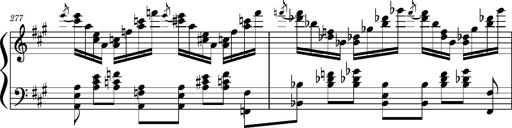
Title: Concerto sans orchestre, S.524a
Composer: Franz Liszt
Key: A major